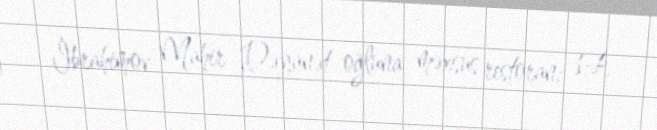
İbrahimov Mahir Dəyanət oğluna məxsus restoran; 14.